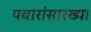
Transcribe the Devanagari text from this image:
पवारांसारख्या